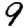
Digit: 9